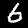
Label: 6